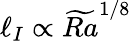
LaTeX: \ell_{I}\propto\widetilde{Ra}^{1/8}